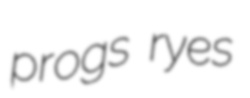
progs ryes